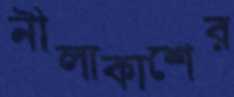
নীলাকাশের